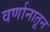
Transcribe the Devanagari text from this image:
वर्णानातून